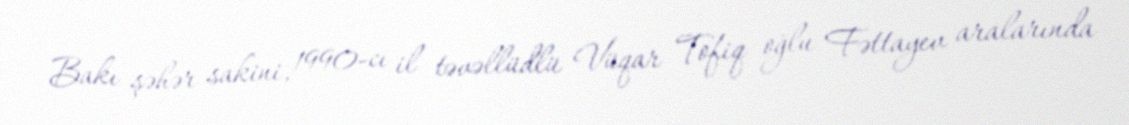
Bakı şəhər sakini, 1990-cı il təvəllüdlü Vüqar Tofiq oğlu Fəttayev aralarında